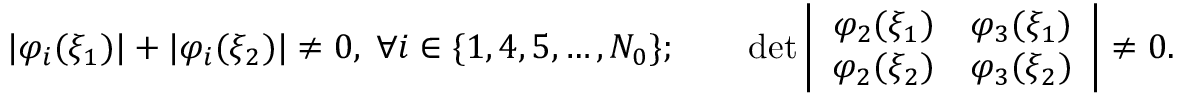
\vert \varphi _ { i } ( \xi _ { 1 } ) \vert + \vert \varphi _ { i } ( \xi _ { 2 } ) \vert \neq 0 , \; \forall i \in \{ 1 , 4 , 5 , \ldots , N _ { 0 } \} ; \qquad \operatorname* { d e t } \left| \begin{array} { c c } { \varphi _ { 2 } ( \xi _ { 1 } ) } & { \varphi _ { 3 } ( \xi _ { 1 } ) } \\ { \varphi _ { 2 } ( \xi _ { 2 } ) } & { \varphi _ { 3 } ( \xi _ { 2 } ) } \end{array} \right| \neq 0 .